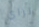
تراي